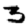
Digit: 3